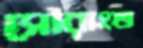
সৌরাংশু